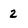
Character: z